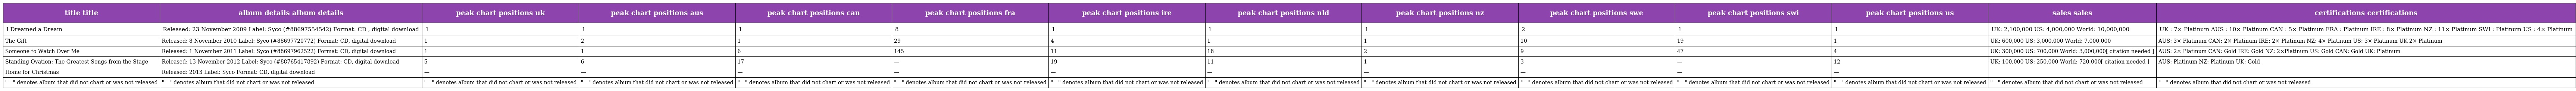
| title title | album details album details | peak chart positions uk | peak chart positions aus | peak chart positions can | peak chart positions fra | peak chart positions ire | peak chart positions nld | peak chart positions nz | peak chart positions swe | peak chart positions swi | peak chart positions us | sales sales | certifications certifications |
 | --- | --- | --- | --- | --- | --- | --- | --- | --- | --- | --- | --- | --- | --- |
 | I Dreamed a Dream | Released: 23 November 2009 Label: Syco (#88697554542) Format: CD , digital download | 1 | 1 | 1 | 8 | 1 | 1 | 1 | 2 | 1 | 1 | UK: 2,100,000 US: 4,000,000 World: 10,000,000 | UK : 7× Platinum AUS : 10× Platinum CAN : 5× Platinum FRA : Platinum IRE : 8× Platinum NZ : 11× Platinum SWI : Platinum US : 4× Platinum |
 | The Gift | Released: 8 November 2010 Label: Syco (#88697720772) Format: CD, digital download | 1 | 2 | 1 | 29 | 4 | 1 | 1 | 10 | 19 | 1 | UK: 600,000 US: 3,000,000 World: 7,000,000 | AUS: 3× Platinum CAN: 2× Platinum IRE: 2× Platinum NZ: 4× Platinum US: 3× Platinum UK 2× Platinum |
 | Someone to Watch Over Me | Released: 1 November 2011 Label: Syco (#88697962522) Format: CD, digital download | 1 | 1 | 6 | 145 | 11 | 18 | 2 | 9 | 47 | 4 | UK: 300,000 US: 700,000 World: 3,000,000[ citation needed ] | AUS: 2× Platinum CAN: Gold IRE: Gold NZ: 2×Platinum US: Gold CAN: Gold UK: Platinum |
 | Standing Ovation: The Greatest Songs from the Stage | Released: 13 November 2012 Label: Syco (#88765417892) Format: CD, digital download | 5 | 6 | 17 | — | 19 | 11 | 1 | 3 | — | 12 | UK: 100,000 US: 250,000 World: 720,000[ citation needed ] | AUS: Platinum NZ: Platinum UK: Gold |
 | Home for Christmas | Released: 2013 Label: Syco Format: CD, digital download | — | — | — | — | — | — | — | — | — | — |  |  |
 | "—" denotes album that did not chart or was not released | "—" denotes album that did not chart or was not released | "—" denotes album that did not chart or was not released | "—" denotes album that did not chart or was not released | "—" denotes album that did not chart or was not released | "—" denotes album that did not chart or was not released | "—" denotes album that did not chart or was not released | "—" denotes album that did not chart or was not released | "—" denotes album that did not chart or was not released | "—" denotes album that did not chart or was not released | "—" denotes album that did not chart or was not released | "—" denotes album that did not chart or was not released | "—" denotes album that did not chart or was not released | "—" denotes album that did not chart or was not released |